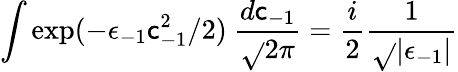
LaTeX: \int\exp(-\epsilon_{-1}\mathsf{c}_{-1}^{2}/2)\ {\frac{{d\mathsf{c}_{-1}}}{{\sqrt{}{{2\pi}}}}}={\frac{{i}}{{2}}}{\frac{{1}}{{\sqrt{}{{\vert\epsilon_{-1}\vert}}}}}